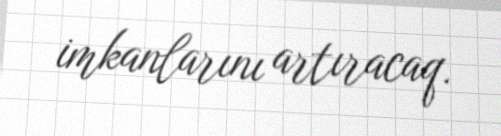
imkanlarını artıracaq.